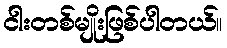
ငါးတစ်မျိုးဖြစ်ပါတယ်။